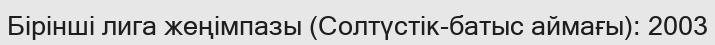
Бірінші лига жеңімпазы (Солтүстік-батыс аймағы): 2003